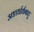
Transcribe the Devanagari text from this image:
अष्टार्धार्धबाहु